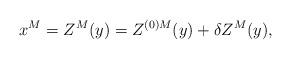
LaTeX: \begin{align*}x^M = Z^M(y) = Z^{(0)M}(y) + \delta Z^M(y),\end{align*}